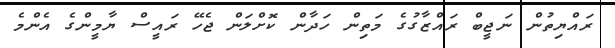
ރައްޔިތުން ނަޖީބް ރައްޒާގުގެ މަތިން ހަދާން ކޮށްލަން ޖެހޭ ރައީސް ޔާމީންގެ އެންމެ